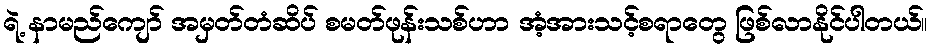
ရဲ့ နာမည်ကျော် အမှတ်တံဆိပ် စမတ်ဖုန်းသစ်ဟာ အံ့အားသင့်စရာတွေ ဖြစ်လာနိုင်ပါတယ်။